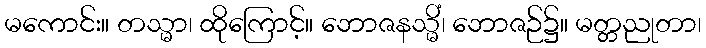
မကောင်း။ တသ္မာ၊ ထိုကြောင့်။ ဘောဇနသ္မိံ၊ ဘောဇဉ်၌။ မတ္တညုတာ၊